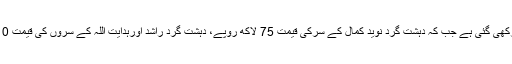
صوبائی وزارت داخلہ کی جانب سے مطلوب ترین دہشت گرد یاسین چھوٹو کے سر کی قیمت ڈیڑھ کروڑ روپے رکھی گئی ہے جب کہ دہشت گرد نوید کمال کے سرکی قیمت 75 لاکھ روپے، دہشت گرد راشد اورہدایت اللہ کے سروں کی قیمت 10، 10 لاکھ جب کہ دہشت گرد محمد امین کے زندہ یا مردہ پکڑے جانے پر20 لاکھ روپے انعام مقررکیا گیا ہے۔